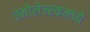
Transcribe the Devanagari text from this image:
स्मोलेन्स्कमध्ये